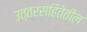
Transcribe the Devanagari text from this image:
उत्तरसंहितेतील